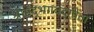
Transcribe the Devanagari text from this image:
श्रीमद्‌भगवद्‍गीता